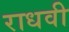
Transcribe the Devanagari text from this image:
राधवी